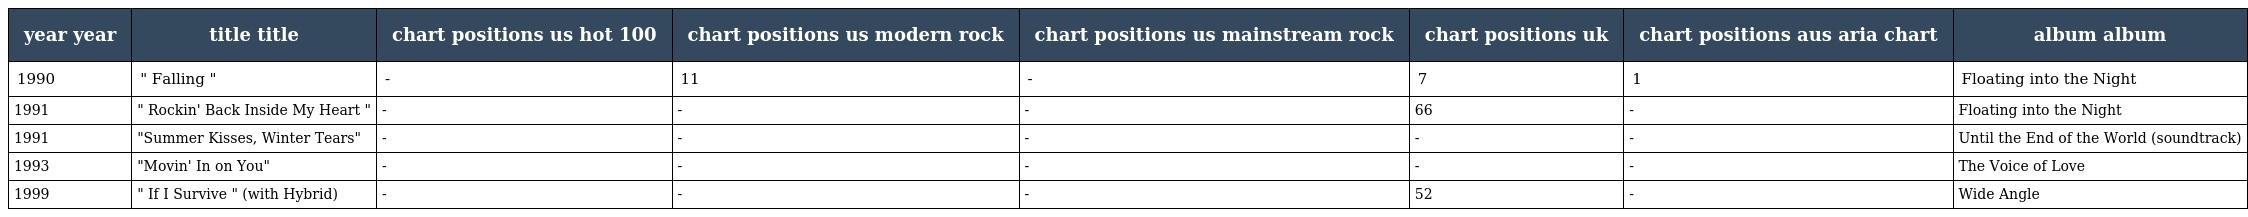
| year year | title title | chart positions us hot 100 | chart positions us modern rock | chart positions us mainstream rock | chart positions uk | chart positions aus aria chart | album album |
 | --- | --- | --- | --- | --- | --- | --- | --- |
 | 1990 | " Falling " | - | 11 | - | 7 | 1 | Floating into the Night |
 | 1991 | " Rockin' Back Inside My Heart " | - | - | - | 66 | - | Floating into the Night |
 | 1991 | "Summer Kisses, Winter Tears" | - | - | - | - | - | Until the End of the World (soundtrack) |
 | 1993 | "Movin' In on You" | - | - | - | - | - | The Voice of Love |
 | 1999 | " If I Survive " (with Hybrid) | - | - | - | 52 | - | Wide Angle |